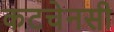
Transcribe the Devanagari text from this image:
कटचेनसी